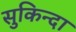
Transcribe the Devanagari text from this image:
सुकिन्दा